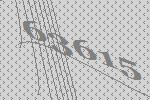
63615